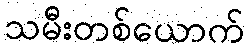
သမီးတစ်ယောက်